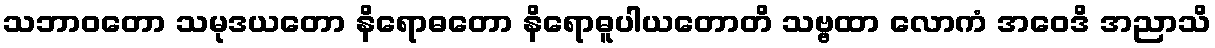
သဘာဝတော သမုဒယတော နိရောဓတော နိရောဓူပါယတောတိ သဗ္ဗထာ လောကံ အဝေဒိ အညာသိ